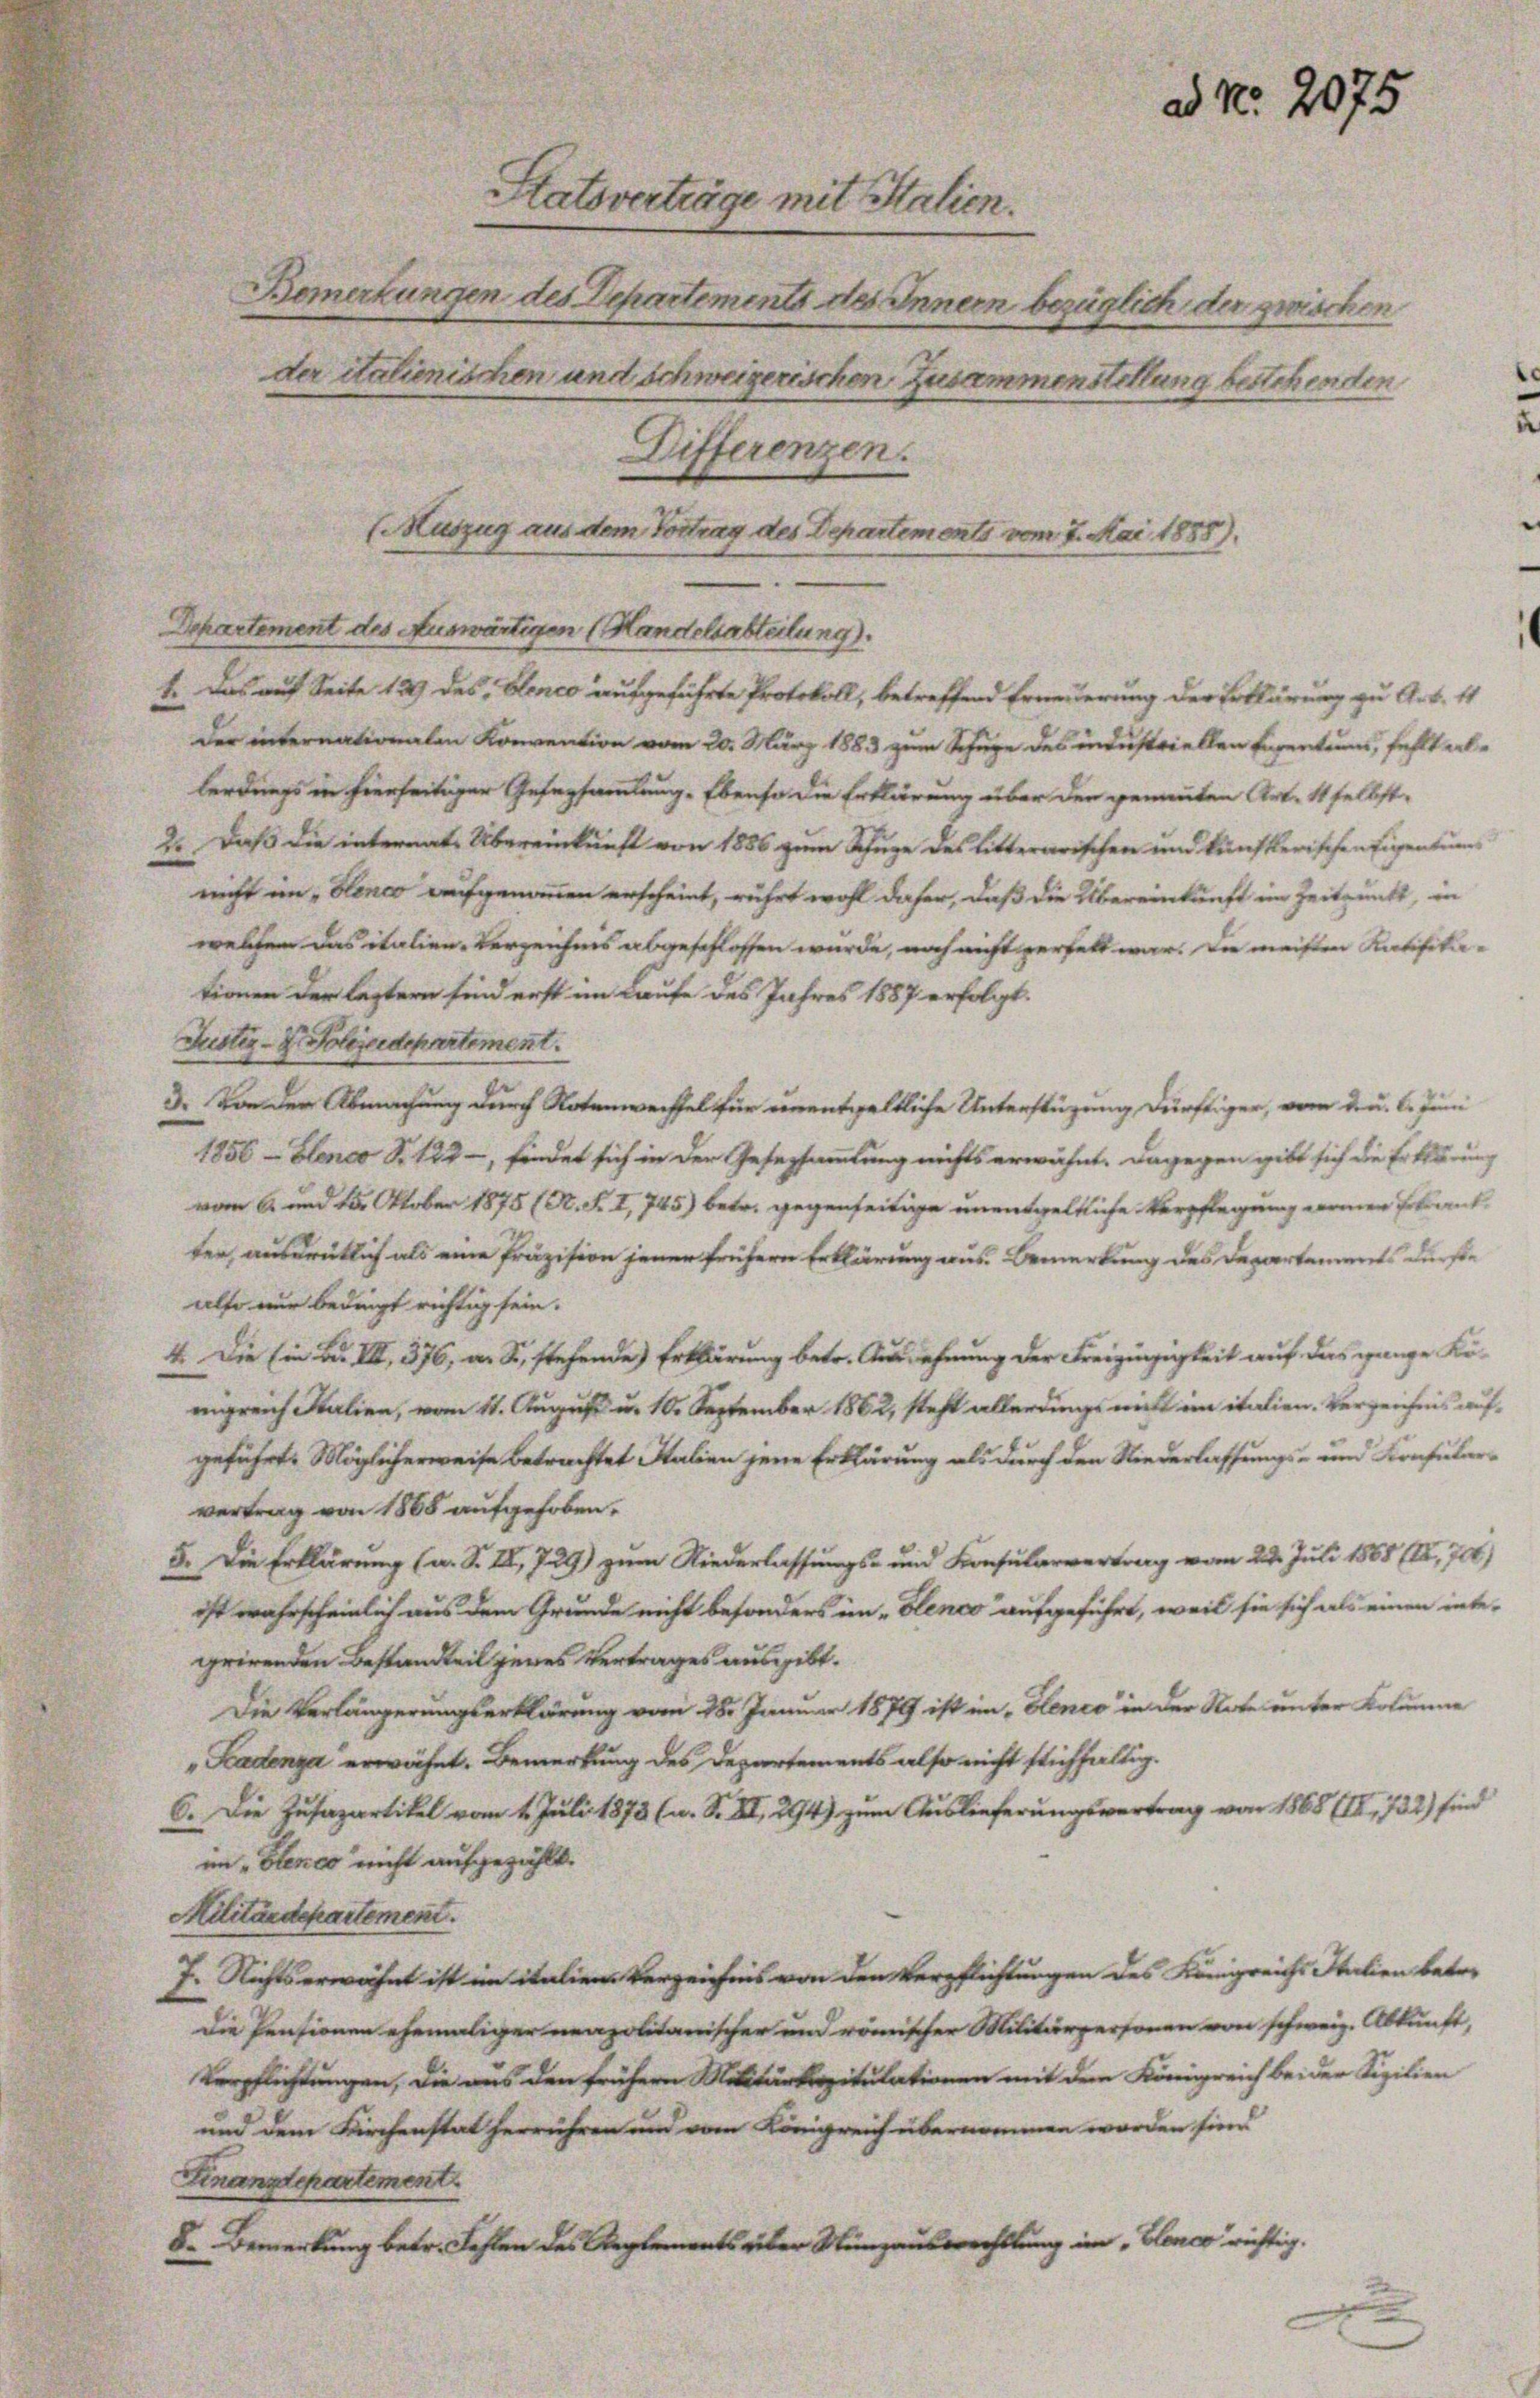
Ratsverträge mit Salien.

Bemerkungen des Departements des Innern bezüglich, der zwischen
der italienischen und schweizerischen Zusammenstellung bestehenden
Departement des Auswärtigen (Handelsabteilung).
der internationalen Konvention vom 20. März 1883 zum Schuge des industriellen Eigentum, fehlt erte
lerdings in hierseitiger Gesersammlung. Ebenso die Erklärung über den genannten Art. 11 selbst,
2. Daß die internats Übereinkunft von 1886 zum Schuge des litterarischen und künftlerischen Eigentums
nicht im „Henco aufgenommen erscheint, rührt wohl daher, daß die Übereinkunft im Zeitpunkt, in
welchem das italien-Verzeichnis abgeschlossen wurde, noch nicht verfelt war. In meisten Ratifika-
tionen der leztern sind erst im Laufe des Jahres 1887 erfolgt.
Justiz- & Soleidepartement.
 Von der Abmachung durch Notenwechsel für unentgeltliche Unterstützung dürftiger, vom 2. u. l. Juni
1856 - Blanco S. 122 –, findet sich in der Gesetzsammlung nichts erwähnt. Dagegen gibt sich die Erklärung
vom 6. und 125. Oktober 1875 (St. F. I, 745) betr. gegenseitige unentgeltliche Verpflegung derer Erkrank
ter, ausdrücklich als eine Präzision jener frühern Erklärung aus. Bemerkung des Departements dürfte
also nur bedingt richtig sein.
4. Die Ein Bd. III 376, an S., stehende Erklärung betr. Ausdehnung der Freizügigkeit auf das ganze Kö-
nigreich Italien, vom 11. August u. 10. September 1862, steht allerdings nicht im italien. Verzeichnis auf-
geführte Möglicherweise betrachtet Italien jene Erklärung als durch den Niederlassungs- und Konsularvertrag von 1868 aufgehoben.
5. Die Erklärung (a. S. II, 729) zum Niederlassungs- und Konsularvertrag vom 22. Juli 1868 (II, 70)
ist wahrscheinlich aus dem Grunde nicht besonders im „Benco“ aufgeführt, weil sie sich als einen inte-
grirenden Bestandteil zeres Vertrages ausgibt.
Die Verlängerungserklärung vom 28. Januar 1879 ist im Blenio in der Note unter Kolumne
" Fadenza erwähnt. Bemerkung des Departements also nicht stichfaltig.
6. Die Zusapartikel vom 4. Juli 1873 (s. S. II, 294) zum Auslieferungsvertrag von 1868 (II, 722) sind
im „Glence nicht aufgezählt.
Militärdepartement.
J. Nichtserwähnt ist im italien Verzeichnis von den Verpflichtungen des Königreichs Italien betre
Die Pensionen ehemaliger meapolitanischer und römischer Militärpersonen von schweiz. Abkunft,
Verpflichtungen, die aus den frühern Militärkapitulationen mit dem Königreich bei der Sizilien
und dem Kirchenstat herrühren und vom Königreich übernommen worden sind
Finanzdepartement
D. Bemerkung betr. Fehlen des Reglements aber Nunzauswechslung im „Blanco richtig.

(Auszug aus dem Vortrag des Departements vom 7. Mai 1888).
t. Das auf Seite 139 des Blence aufgeführte Protokoll, betreffend Erneuerung der Erklärung zu Art. 11

Differenzen.

ad No. 2075